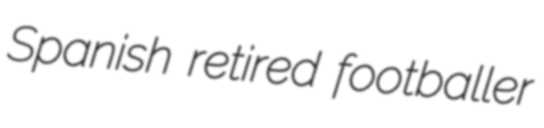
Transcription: Spanish retired footballer